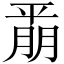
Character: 𫷚